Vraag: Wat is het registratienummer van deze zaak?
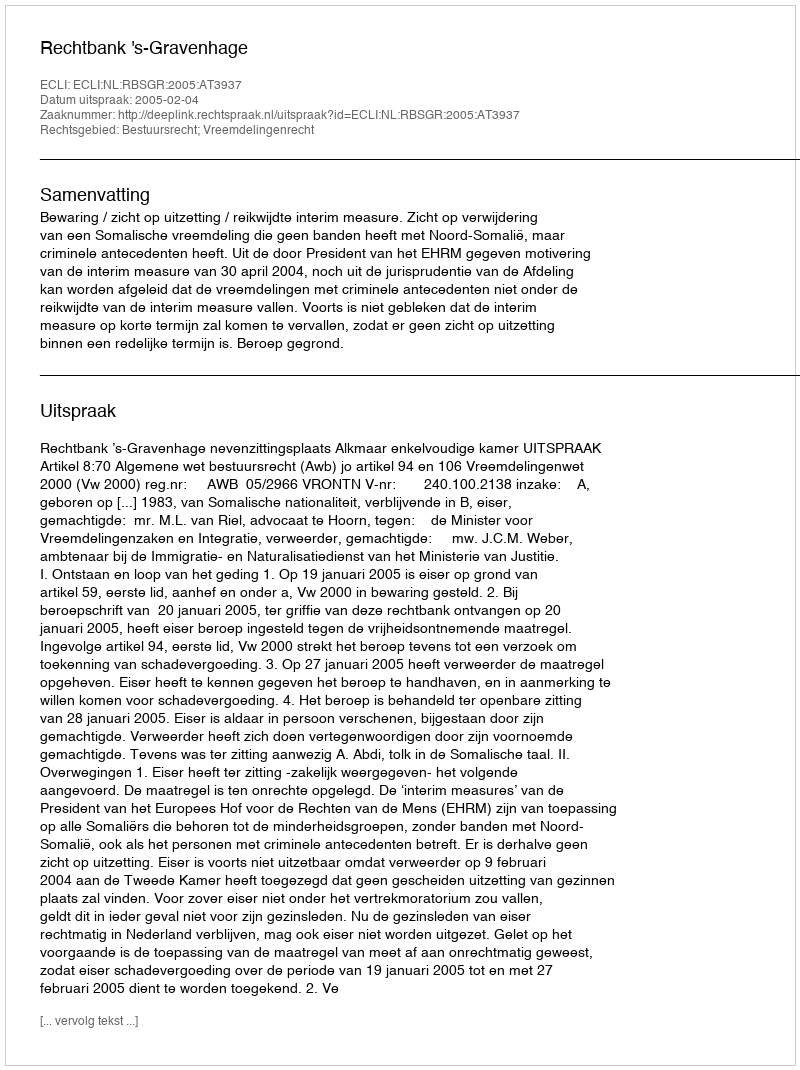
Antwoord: http://deeplink.rechtspraak.nl/uitspraak?id=ECLI:NL:RBSGR:2005:AT3937